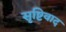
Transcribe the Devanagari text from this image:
सृष्टिवाद